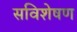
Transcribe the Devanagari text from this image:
सविशेषण